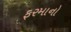
ફરમાનો